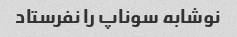
نوشابه سوناپ را نفرستاد